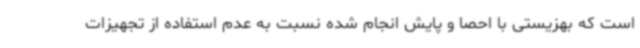
است که بهزیستی با احصا و پایش انجام شده نسبت به عدم استفاده از تجهیزات